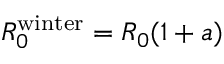
R _ { 0 } ^ { \mathrm { w i n t e r } } = R _ { 0 } ( 1 + a )